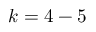
k = 4 - 5